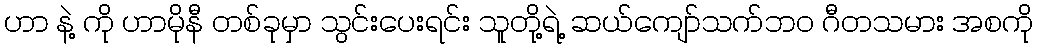
ဟာ နဲ့ ကို ဟာမိုနီ တစ်ခုမှာ သွင်းပေးရင်း သူတို့ရဲ့ ဆယ်ကျော်သက်ဘဝ ဂီတသမား အစကို